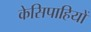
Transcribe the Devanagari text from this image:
केसिपाहियों